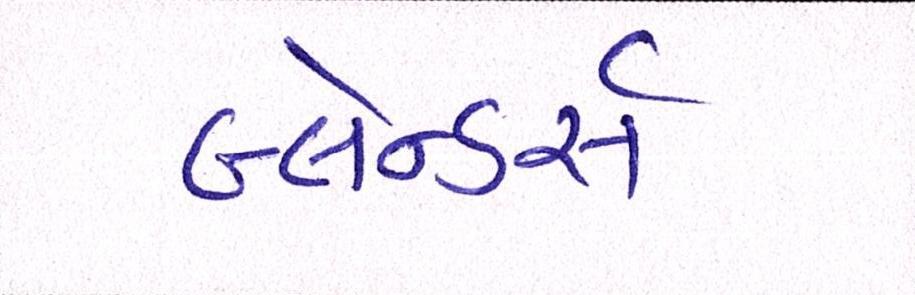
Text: બ્લેન્ડર્સ